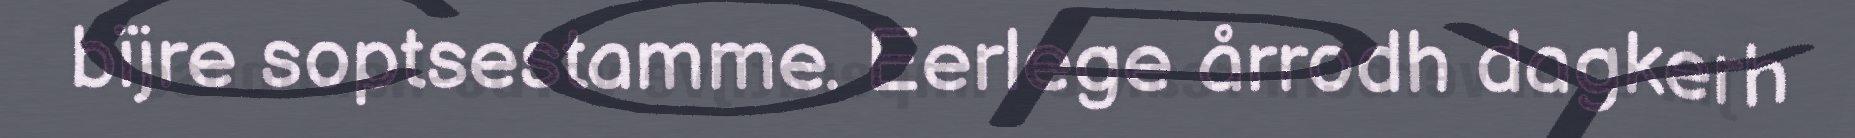
bïjre soptsestamme. Eerlege årrodh dagkerh